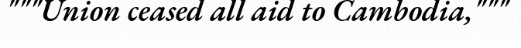
"""Union ceased all aid to Cambodia,"""